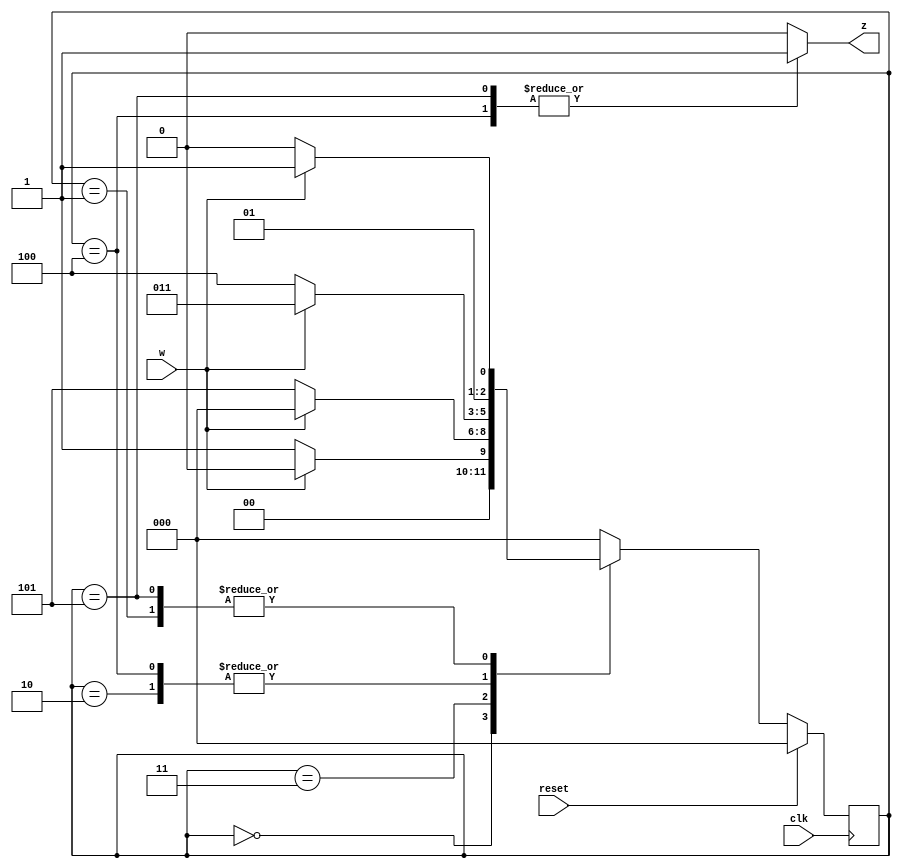
module top_module (
    input clk,
    input reset,     // synchronous reset
    input w,
    output z);

    localparam	A=3'b000, B=3'b001, C=3'b010, D=3'b011, E=3'b100, F=3'b101;
    reg[2:0]	current_state, next_state;
         
    always @ ( * ) begin
        next_state = 1'b0;
        case ( current_state ) 
            3'b000: next_state = w ? A : B;
            3'b001: next_state = w ? D : C;
            3'b010: next_state = w ? D : E;
            3'b011: next_state = w ? A : F;
            3'b100: next_state = w ? D : E;
            3'b101: next_state = w ? D : C;
        endcase
    end   
    
    always @ ( posedge clk ) begin
        if ( reset )
            current_state <= 3'b000;
        else
            current_state <= next_state;
    end
    
    always @ ( * ) begin
        z = 1'b0;
        case ( current_state ) 
            3'b000: z = 1'b0;
            3'b001: z = 1'b0;
            3'b010: z = 1'b0;
            3'b011: z = 1'b0;
            3'b100: z = 1'b1;
            3'b101: z = 1'b1;
        endcase
    end    
endmodule